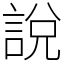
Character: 說